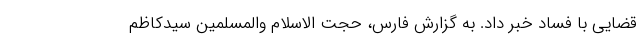
قضایی با فساد خبر داد. به گزارش فارس، حجت الاسلام والمسلمین سیدکاظم